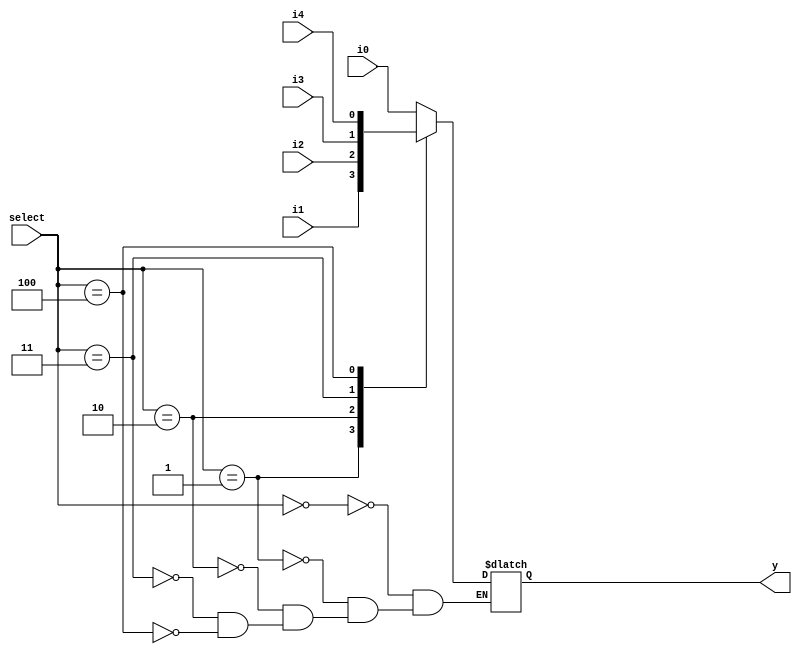
module mux4x1_bh (i0,i1,i2,i3,i4,select,y);
 
  input i0,i1,i2,i3,i4;
 
  input [0:2] select;
   
output y;
   
reg y;
   
always @ (i0 or i1 or i2 or i3 or i4 or select) 
       
     case (select)
              
 3'b000: y = i0;
             
 3'b001: y = i1;
              
 3'b010: y = i2;
             
 3'b011: y = i3;
	       
3'b100: y = i4;
          
  endcase

endmodule